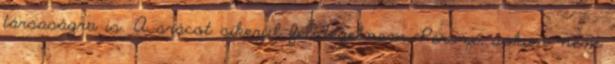
társaságra is. A srácot sikerül felidegelnem, Persze, sokan nem